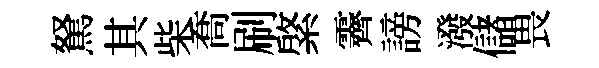
駑其柴喬刷綮霽謗潑儲畏